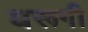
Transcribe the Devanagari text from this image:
धरूगी